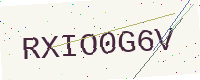
Text: RXIO0G6V